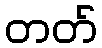
တတ်